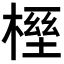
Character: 𣖭